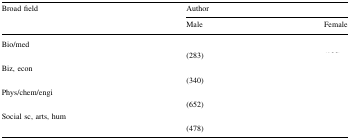
<table><thead><tr><td rowspan="2"><b>Broad field</b></td><td colspan="2"><b>Author</b></td></tr><tr><td><b>Male</b></td><td><b>Female</b></td></tr></thead><tbody><tr><td rowspan="2">Bio/med</td><td>[EMPTY_CELL]</td><td>[EMPTY_CELL]</td></tr><tr><td>(283)</td><td>[EMPTY_CELL]</td></tr><tr><td rowspan="2">Biz, econ</td><td>[EMPTY_CELL]</td><td>[EMPTY_CELL]</td></tr><tr><td>(340)</td><td>[EMPTY_CELL]</td></tr><tr><td rowspan="2">Phys/chem/engi</td><td>[EMPTY_CELL]</td><td>[EMPTY_CELL]</td></tr><tr><td>(652)</td><td>[EMPTY_CELL]</td></tr><tr><td rowspan="2">Social sc, arts, hum</td><td>[EMPTY_CELL]</td><td>[EMPTY_CELL]</td></tr><tr><td>(478)</td><td>[EMPTY_CELL]</td></tr></tbody></table>